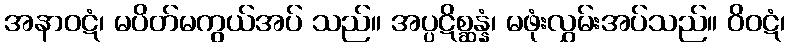
အနာဝဋံ၊ မပိတ်မကွယ်အပ် သည်။ အပ္ပဋိစ္ဆန္နံ၊ မဖုံးလွှမ်းအပ်သည်။ ဝိဝဋံ၊